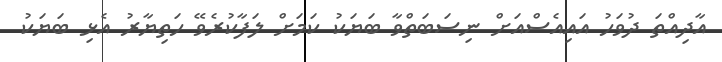
އާދިއްތަ ދުވަހު އައިއެސްއަށް ނިސަބަތްވާ ބަޔަކު ކަމަށް ލަފާކުރެވޭ ހަތިޔާރު އެޅި ބަޔަކު